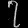
Digit: ၇